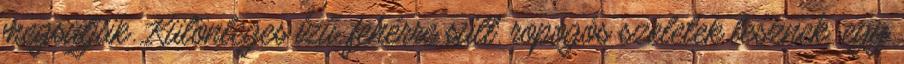
megsütjük. Különleges ízű, fehérre sült, ropogós szeletek lesznek. egy